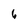
Character: 6